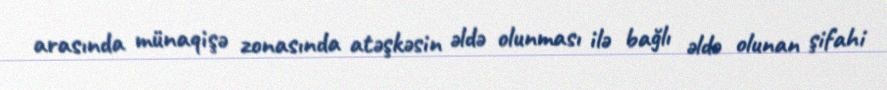
arasında münaqişə zonasında atəşkəsin əldə olunması ilə bağlı əldə olunan şifahi